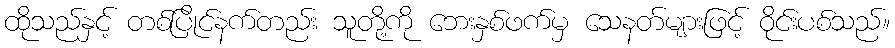
ထိုသည်နှင့် တစ်ပြိုင်နက်တည်း သူတို့ကို ဘေးနှစ်ဖက်မှ သေနတ်များဖြင့် ဝိုင်းပစ်သည်။